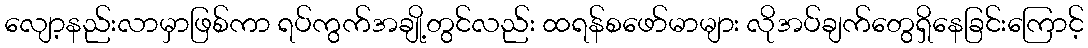
လျော့နည်းလာမှာဖြစ်ကာ ရပ်ကွက်အချို့တွင်လည်း ထရန်စဖော်မာများ လိုအပ်ချက်တွေရှိနေခြင်းကြောင့်